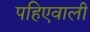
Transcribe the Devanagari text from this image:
पहिएवाली